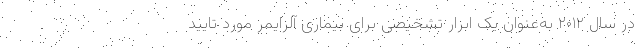
در سال ۲۰۱۲ به‌عنوان یک ابزار تشخیصی برای بیماری آلزایمر مورد تایید